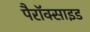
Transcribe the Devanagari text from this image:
पैरॉक्साइड